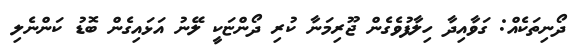
ދޯނިތަކެއް: ގަވާއިދާ ހިލާފުވެގެން ޖޫރިމަނާ ކުރި ދޯންޏަކީ ލޭނު އަޅައިގެން ބޮޑު ކަންނެލި